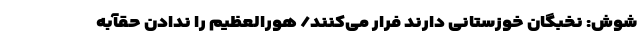
شوش: نخبگان خوزستانی دارند فرار می‌کنند/ هورالعظیم را ندادن حقآبه